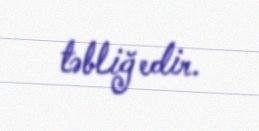
təbliğ edir.